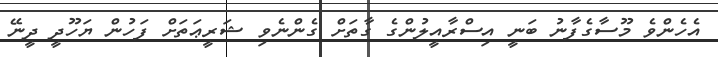
އެހެންވެ މޫސާގެފާނު ބަނީ އިސްރާއީލުންގެ ގާތަށް ގެންނެވި ޝަރީޢަތަށް ފަހުން ޔަހޫދީ ދީނޭ